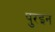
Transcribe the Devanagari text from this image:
पुरइन